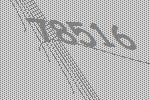
78516